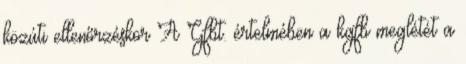
közúti ellenőrzéskor A Gfbt. értelmében a kgfb meglétét a